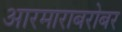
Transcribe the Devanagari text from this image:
आरमाराबरोबर